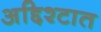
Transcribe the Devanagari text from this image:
अद्दिश्टात